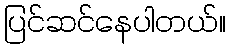
ပြင်ဆင်နေပါတယ်။